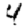
Digit: 4